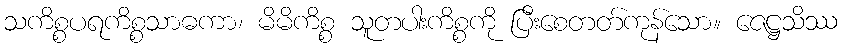
သကိစ္စပရကိစ္စသာဓကာ၊ မိမိကိစ္စ သူတပါးကိစ္စကို ပြီးစေတတ်ကုန်သော။ ဇေဋ္ဌသိဿ